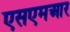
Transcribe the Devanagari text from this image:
एसएमआर